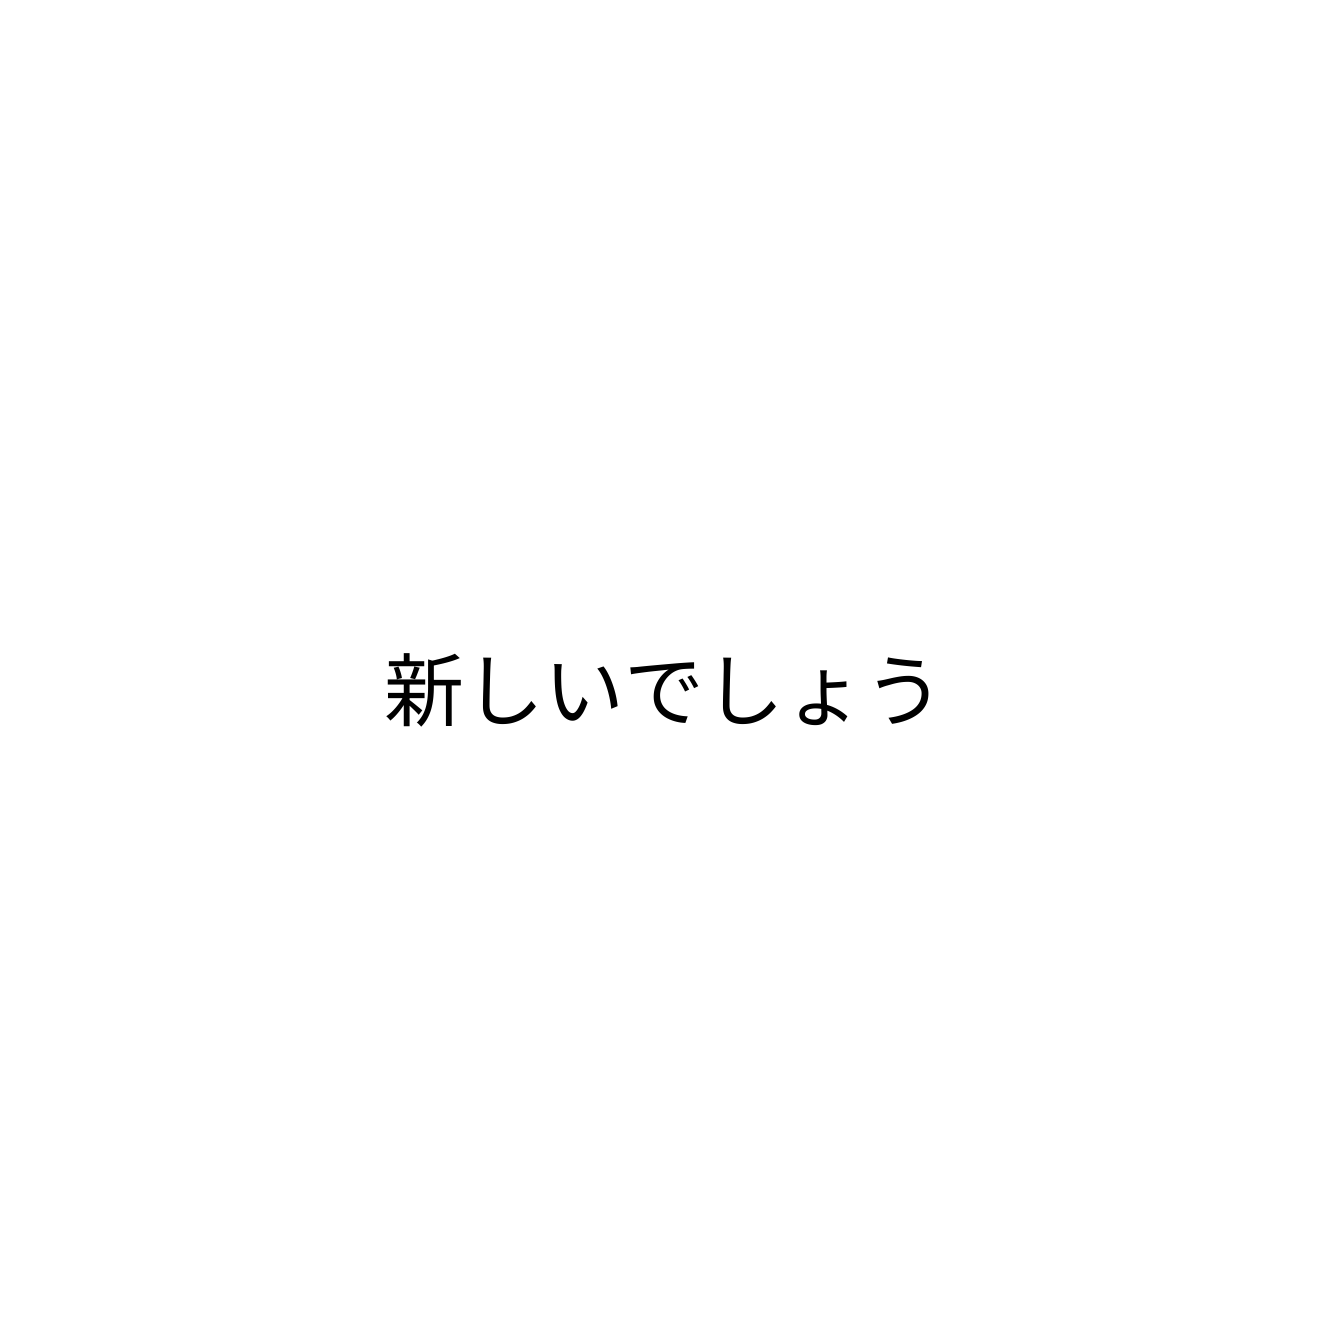
新しいでしょう